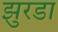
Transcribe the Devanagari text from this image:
झुरडा